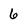
Character: 6